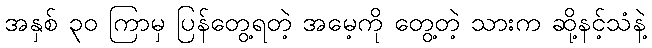
အနှစ် ၃၀ ကြာမှ ပြန်တွေ့ရတဲ့ အမေ့ကို တွေ့တဲ့ သားက ဆို့နင့်သံနဲ့